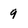
Character: 9